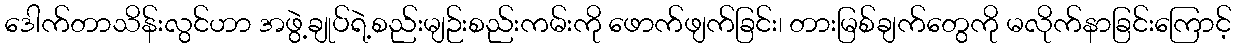
ဒေါက်တာသိန်းလွင်ဟာ အဖွဲ့ချုပ်ရဲ့စည်းမျဉ်းစည်းကမ်းကို ဖောက်ဖျက်ခြင်း၊ တားမြစ်ချက်တွေကို မလိုက်နာခြင်းကြောင့်